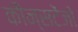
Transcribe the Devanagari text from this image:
कौन्सटेंजो